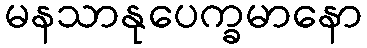
မနသာနုပေက္ခမာနော